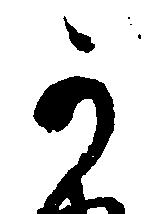
か